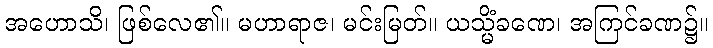
အဟောသိ၊ ဖြစ်လေ၏။ မဟာရာဇ၊ မင်းမြတ်။ ယသ္မိံခဏေ၊ အကြင်ခဏ၌။